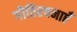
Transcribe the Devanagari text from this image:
गीतिरचनाएँ